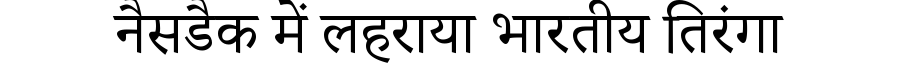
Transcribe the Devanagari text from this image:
नैसडैक में लहराया भारतीय तिरंगा